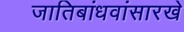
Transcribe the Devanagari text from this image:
जातिबांधवांसारखे